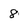
Character: 8